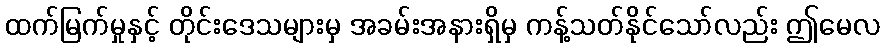
ထက်မြက်မှုနှင့် တိုင်းဒေသများမှ အခမ်းအနားရှိမှ ကန့်သတ်နိုင်သော်လည်း ဤမေလ